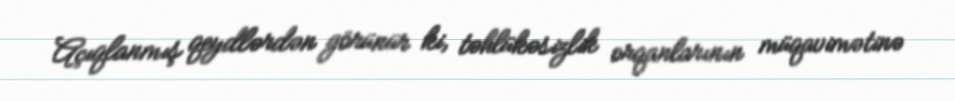
Açıqlanmış qeydlərdən görünür ki, təhlükəsizlik orqanlarının müqavimətinə